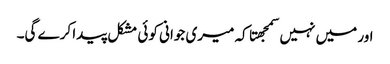
اور میں نہیں سمجهتا کہ میری جوانی کوئی مشکل پیدا کرے گی۔